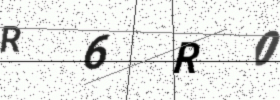
Text: R6R0